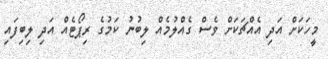
މީހަކަށް އަދި އެއްޗަކަށް ވެސް ގެއްލުމެއް ލިބުނު ކަމުގެ ރިޕޯޓެއް އަދި ލިބިފައި